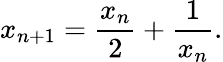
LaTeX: x_{n+1}={\frac{x_{n}}{2}}+{\frac{1}{x_{n}}}.